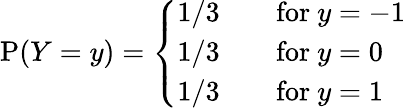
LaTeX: \operatorname{P}(Y=y)={\left\{ \begin{array}{ll}{1/3}&{\quad{\mathrm{for~}}y=-1}\\ {1/3}&{\quad{\mathrm{for~}}y=0}\\ {1/3}&{\quad{\mathrm{for~}}y=1}\end{array}\right.}